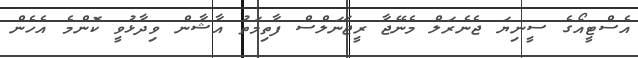
އެސްޓީއޯގެ ސީނިޔަ ޖެނެރަލް މެނޭޖާ ރީޖަނަލްސް ފާތިމަތު އާޝާން ވިދާޅުވީ ކޮންމެ އެހެން